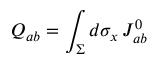
Q _ { a b } = \int _ { \Sigma } d \sigma _ { x } \, J _ { a b } ^ { 0 }